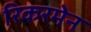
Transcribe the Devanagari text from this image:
रिकरमेन